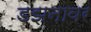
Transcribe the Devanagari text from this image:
डझनावर